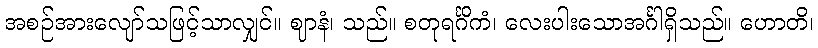
အစဉ်အားလျော်သဖြင့်သာလျှင်။ ဈာနံ၊ သည်။ စတုရင်္ဂိကံ၊ လေးပါးသောအင်္ဂါရှိသည်။ ဟောတိ၊